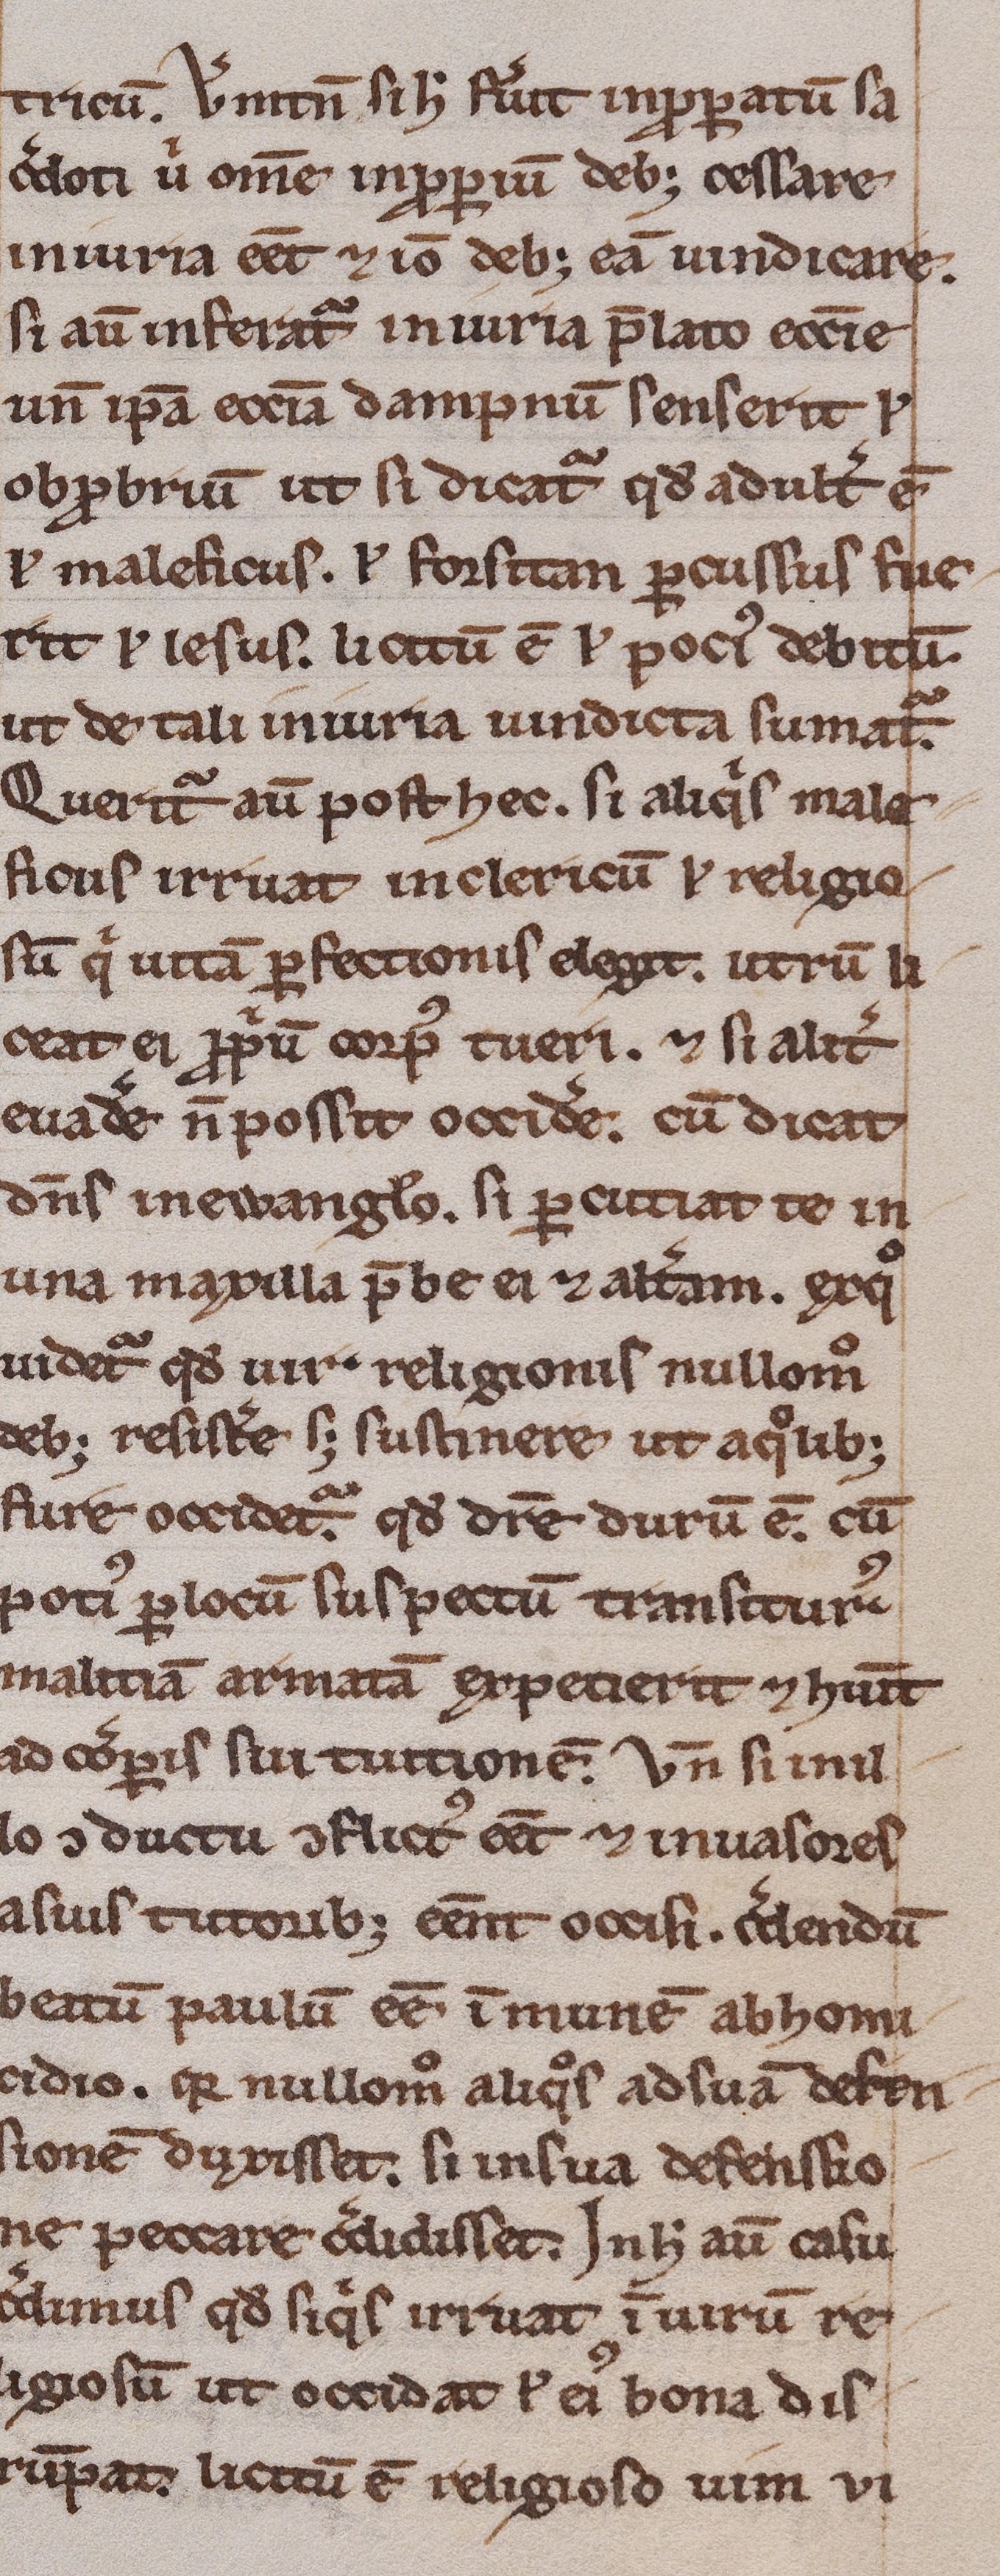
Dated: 1200–1249